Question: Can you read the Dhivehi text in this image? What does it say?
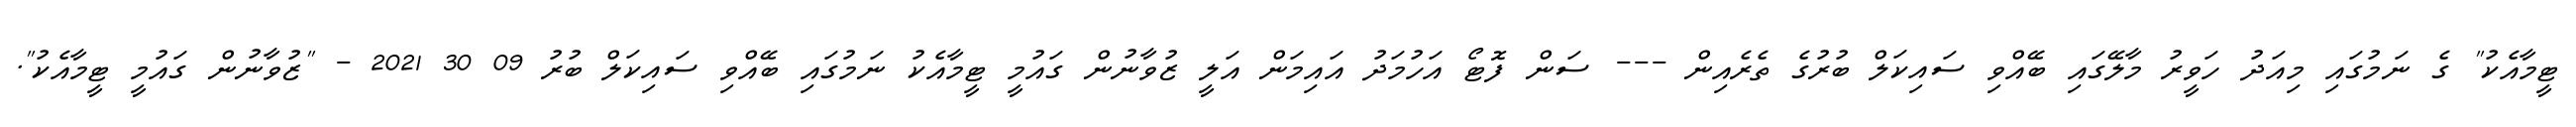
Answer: ޓީމާއެކު" ގެ ނަމުގައި މިއަދު ހަވީރު މާލޭގައި ބޭއްވި ސައިކަލް ބުރުގެ ތެރެއިން --- ސަން ފޮޓޯ އަހުމަދު އައިމަން އަލީ ޒުވާނުން ގައުމީ ޓީމާއެކު ނަމުގައި ބޭއްވި ސައިކަލް ބުރު 09 30 2021 - "ޒުވާނުން ގައުމީ ޓީމާއެކު".